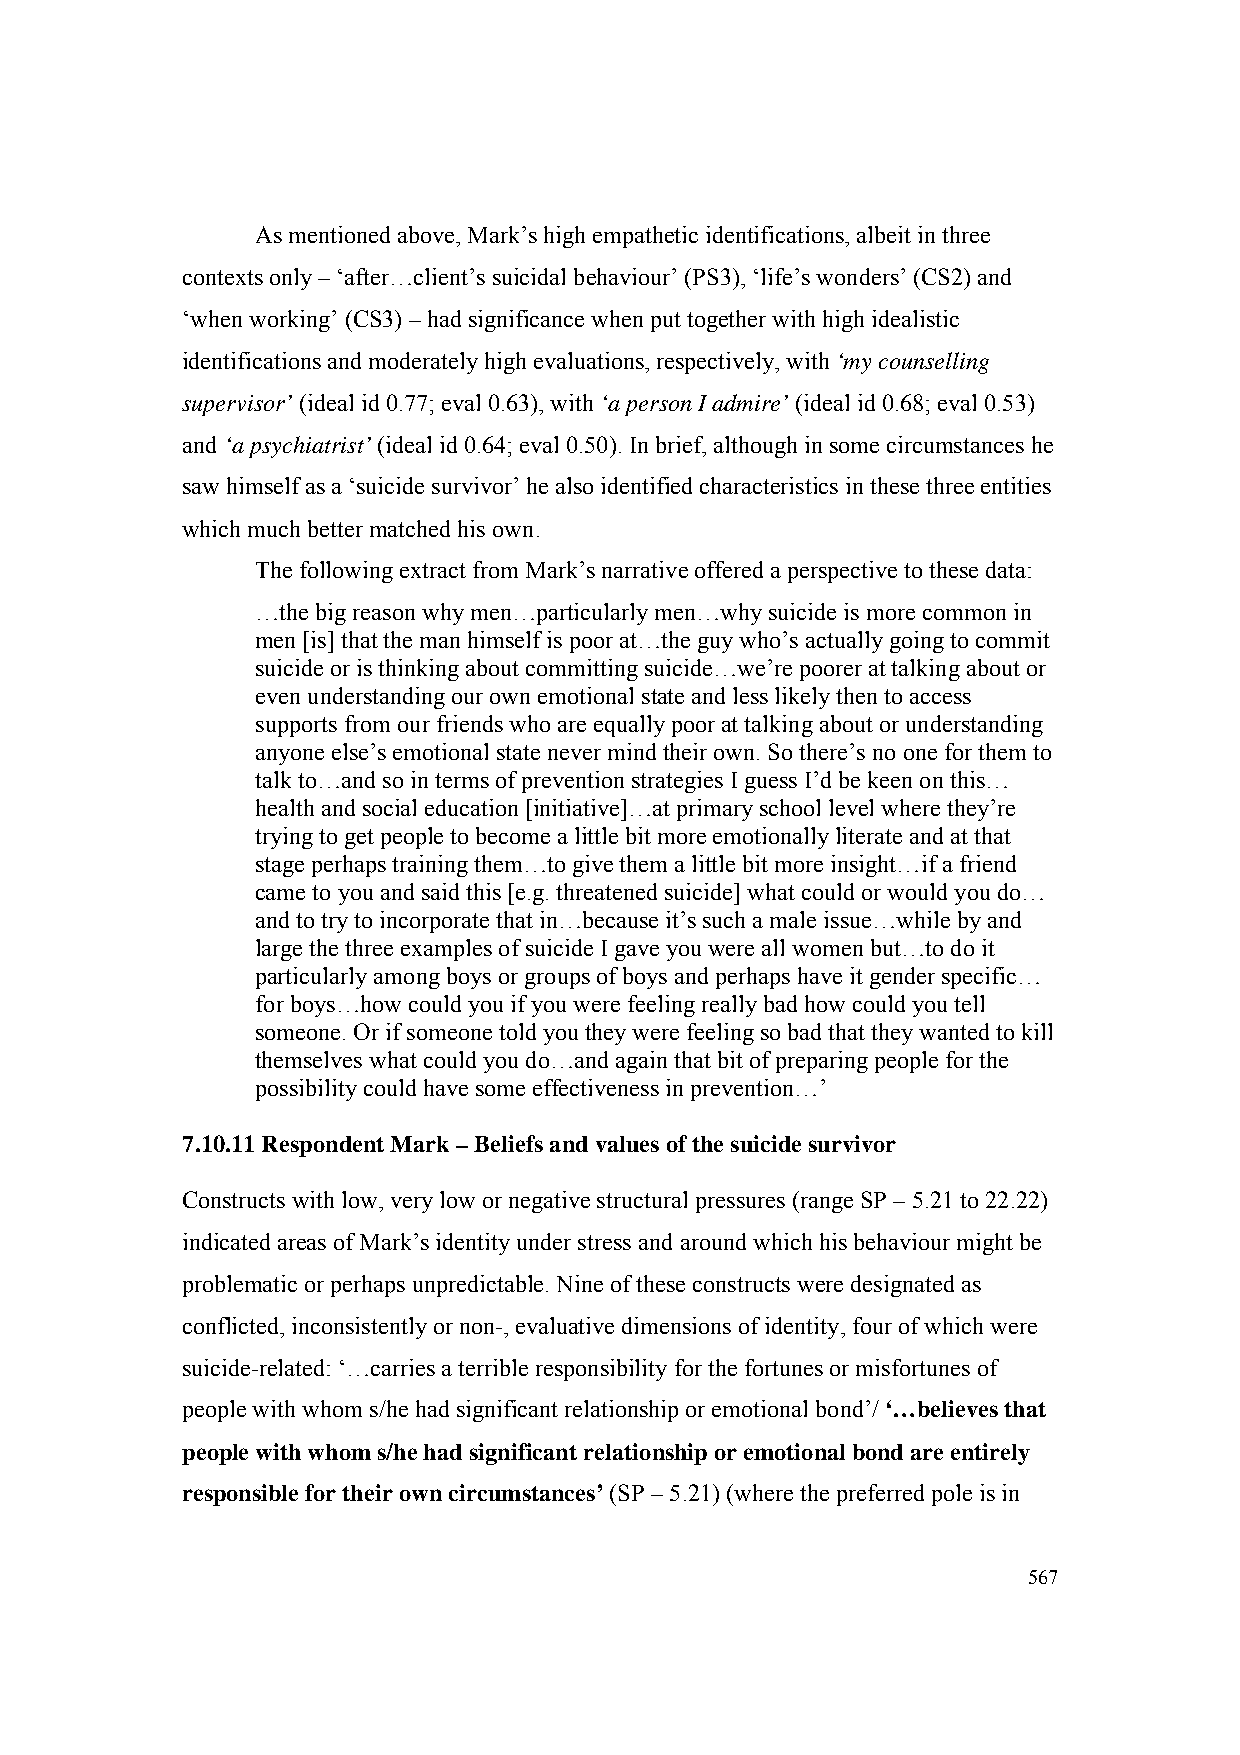
As mentioned above, Mark’s high empathetic identifications, albeit in three
 contexts only – ‘after…client’s suicidal behaviour’ (PS3), ‘life’s wonders’ (CS2) and
 ‘when working’ (CS3) – had significance when put together with high idealistic
 identifications and moderately high evaluations, respectively, with ‘my counselling
 supervisor’ (ideal id 0.77; eval 0.63), with ‘a person I admire’ (ideal id 0.68; eval 0.53)
 and ‘a psychiatrist’ (ideal id 0.64; eval 0.50). In brief, although in some circumstances he
 saw himself as a ‘suicide survivor’ he also identified characteristics in these three entities
 which much better matched his own.
 The following extract from Mark’s narrative offered a perspective to these data:
 …the big reason why men…particularly men…why suicide is more common in
 men [is] that the man himself is poor at…the guy who’s actually going to commit
 suicide or is thinking about committing suicide…we’re poorer at talking about or
 even understanding our own emotional state and less likely then to access
 supports from our friends who are equally poor at talking about or understanding
 anyone else’s emotional state never mind their own. So there’s no one for them to
 talk to…and so in terms of prevention strategies I guess I’d be keen on this…
 health and social education [initiative]…at primary school level where they’re
 trying to get people to become a little bit more emotionally literate and at that
 stage perhaps training them…to give them a little bit more insight…if a friend
 came to you and said this [e.g. threatened suicide] what could or would you do…
 and to try to incorporate that in…because it’s such a male issue…while by and
 large the three examples of suicide I gave you were all women but…to do it
 particularly among boys or groups of boys and perhaps have it gender specific…
 for boys…how could you if you were feeling really bad how could you tell
 someone. Or if someone told you they were feeling so bad that they wanted to kill
 themselves what could you do…and again that bit of preparing people for the
 possibility could have some effectiveness in prevention…’
 7.10.11 Respondent Mark – Beliefs and values of the suicide survivor
 Constructs with low, very low or negative structural pressures (range SP – 5.21 to 22.22)
 indicated areas of Mark’s identity under stress and around which his behaviour might be
 problematic or perhaps unpredictable. Nine of these constructs were designated as
 conflicted, inconsistently or non-, evaluative dimensions of identity, four of which were
 suicide-related: ‘…carries a terrible responsibility for the fortunes or misfortunes of
 people with whom s/he had significant relationship or emotional bond’/ ‘…believes that
 people with whom s/he had significant relationship or emotional bond are entirely
 responsible for their own circumstances’ (SP – 5.21) (where the preferred pole is in
 567